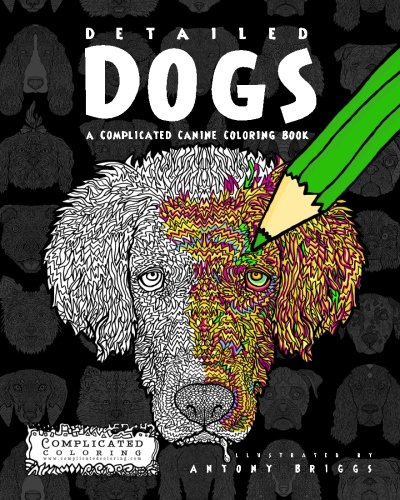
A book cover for Detailed Dogs: A Complicated Canine Coloring Book (Complicated Coloring); Complicated Coloring; Crafts, Hobbies & Home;